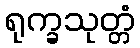
ရုက္ခသုတ္တံ